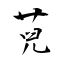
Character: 萖